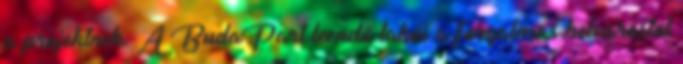
a projektnek. A BudaPart leendő lakói a forgalmas belvárostól